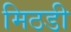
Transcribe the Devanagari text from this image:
मिठडी